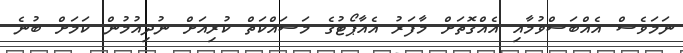
ނަމަވެސް އެއްބަސްވުމާއި އެއްގޮތަށް މާފަރު އެއާޕޯޓުގެ މަސައްކަތް ކުރިއަށް ނުދިއުމުން ކަމަށް ބުނެ